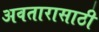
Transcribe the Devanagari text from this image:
अवतारासाठी